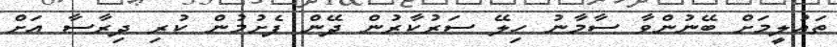
ތައުލީމަށް ބޭނުންވާ ސާމާނު ހިލޭ ސަރުކާރުން ދޭން ފެށުމުން ކުރި ދިރާސާ އަށް